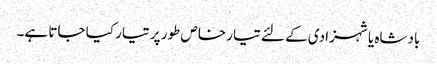
بادشاہ یا شہزادی کے لئے تیار خاص طور پر تیار کیا جاتا ہے۔